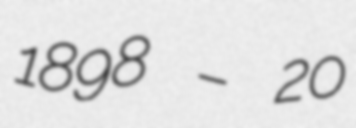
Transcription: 1898 – 20